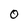
Character: o